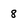
Character: 8